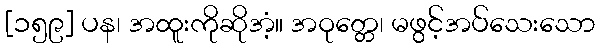
[၁၅၉] ပန၊ အထူးကိုဆိုအံ့။ အဝုတ္တေ၊ မဖွင့်အပ်သေးသော